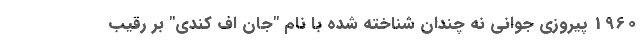
1960 پیروزی جوانی نه چندان شناخته شده با نام "جان اف کندی" بر رقیب